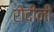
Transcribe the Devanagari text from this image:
रोदीनी